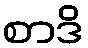
စာဒိ